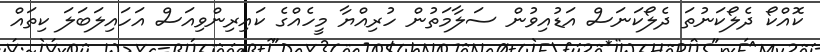
ކޮއްކޯ ދެލޯކަނުތަ ދެލޯކަނަސް އަޑުއިވުން ސަލާމަތުން ހުރިއްޔާ މީހެއްގެ ކައިރިންވިއަސް އަހައިލަބަލަ ކިތައް